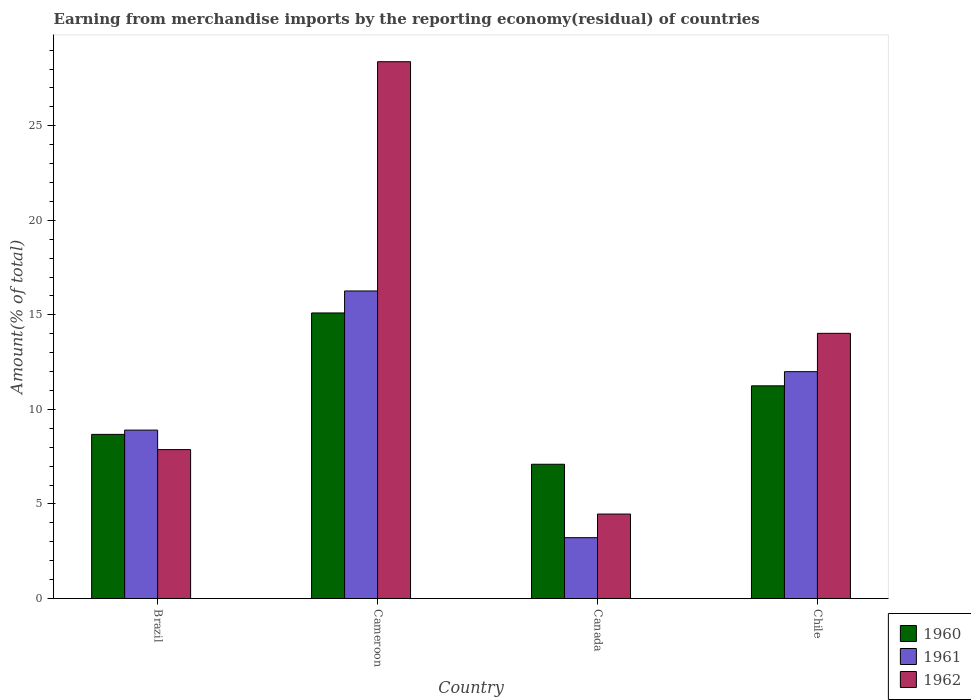
| Country | 1960 | 1961 | 1962 |
 | --- | --- | --- | --- |
 | Brazil | 8.68 | 8.91 | 7.87 |
 | Cameroon | 15.1 | 16.3 | 28.4 |
 | Canada | 7.1 | 3.22 | 4.47 |
 | Chile | 11.2 | 12 | 14 |